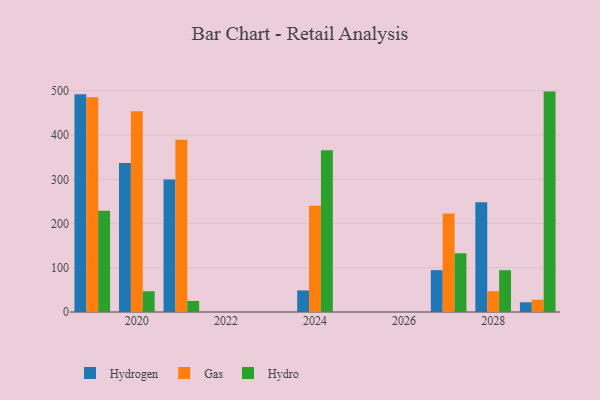
{"axis": {"x": "Year", "y": "Tickets Resolved"}, "legend": ["Gas", "Hydro", "Hydrogen"], "data": [{"x": "2027", "y": 94.6, "type": "Hydrogen"}, {"x": "2027", "y": 222.6, "type": "Gas"}, {"x": "2027", "y": 132.8, "type": "Hydro"}, {"x": "2029", "y": 22.0, "type": "Hydrogen"}, {"x": "2029", "y": 27.7, "type": "Gas"}, {"x": "2029", "y": 498.3, "type": "Hydro"}, {"x": "2028", "y": 248.1, "type": "Hydrogen"}, {"x": "2028", "y": 47.0, "type": "Gas"}, {"x": "2028", "y": 94.5, "type": "Hydro"}, {"x": "2021", "y": 299.8, "type": "Hydrogen"}, {"x": "2021", "y": 389.2, "type": "Gas"}, {"x": "2021", "y": 25.0, "type": "Hydro"}, {"x": "2024", "y": 48.7, "type": "Hydrogen"}, {"x": "2024", "y": 240.0, "type": "Gas"}, {"x": "2024", "y": 365.5, "type": "Hydro"}, {"x": "2020", "y": 337.1, "type": "Hydrogen"}, {"x": "2020", "y": 453.6, "type": "Gas"}, {"x": "2020", "y": 46.8, "type": "Hydro"}, {"x": "2019", "y": 492.3, "type": "Hydrogen"}, {"x": "2019", "y": 485.4, "type": "Gas"}, {"x": "2019", "y": 229.1, "type": "Hydro"}]}